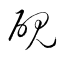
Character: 硯